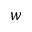
w